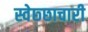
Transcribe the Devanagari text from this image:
स्वेछ्छाचारी